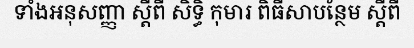
ទាំងអនុសញ្ញា ស្តីពី សិទ្ធិ កុមារ ពិធីសាបន្ថែម ស្តីពី